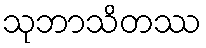
သုဘာသိတဿ